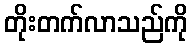
တိုးတက်လာသည်ကို